Notes on vaccination in the North-West Frontier Province 1923-1928 - 1923-1928
Year: 1923
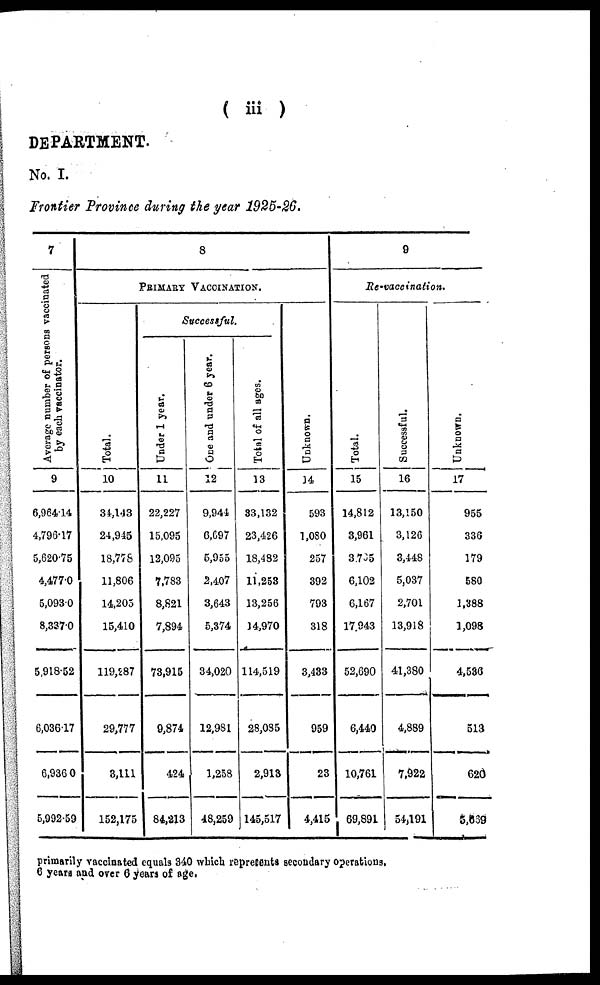
( iii)
DEPARTMENT.
No. I.
Frontier Province during the year 1925-26.
7
Average number of persons vaccinated
by each vaccinator.
9
6,964.14
4,796.17
5,620.75
4,477.0
5,093.0
8,337.0
5,918.52
6,036.17
6,936.0
5,992.59
8
PRIMARY VACCINATION.
Total.
10
34,143
24,945
18,778
11,806
14,205
15,410
119,287
29,777
3,111
152,175
Successful.
Under 1 year.
11
22,227
15,095
12,095
7,783
8,821
7,894
73,915
9,874
424
81,213
One and under 6 year.
12
9,944
6,697
5,955
2,407
3,643
5,374
34,020
12,981
1,258
48,259
Total of all ages.
13
33,132
23,426
18,482
11,253
13,256
14,970
114,519
28,085
2,913
145,517
Unknown.
14
593
1,080
257
392
793
318
3,433
959
23
4,415
9
Re-vaccination.
Total.
15
14,812
3,961
3,705
6,102
6,167
17,943
52,690
6,440
10,761
69,891
Successful.
16
13,150
3,126
3,448
5,037
2,701
13,918
41,380
4,889
7,922
54,191
Unknown.
17
955
336
179
580
1,388
1,098
4,536
513
620
5,669
primarily vaccinated equals 340 which represents secondary operations.
6 years and over 6 years of age.